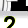
Digit: 2